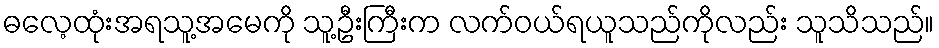
ဓလေ့ထုံးအရသူ့အမေကို သူ့ဦးကြီးက လက်ဝယ်ရယူသည်ကိုလည်း သူသိသည်။